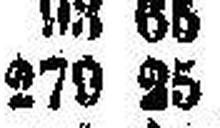
279 25